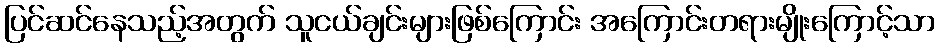
ပြင်ဆင်နေသည့်အတွက် သူငယ်ချင်းများဖြစ်ကြောင်း အကြောင်းတရားမျိုးကြောင့်သာ